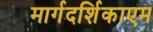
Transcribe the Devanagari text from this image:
मार्गदर्शिकाएम